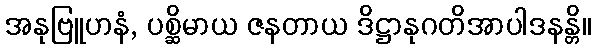
အနုဗြူဟနံ, ပစ္ဆိမာယ ဇနတာယ ဒိဋ္ဌာနုဂတိအာပါဒနန္တိ။